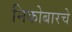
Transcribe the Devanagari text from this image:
निकोबारचे